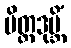
မိတ္တဒုဗ္ဘိံ